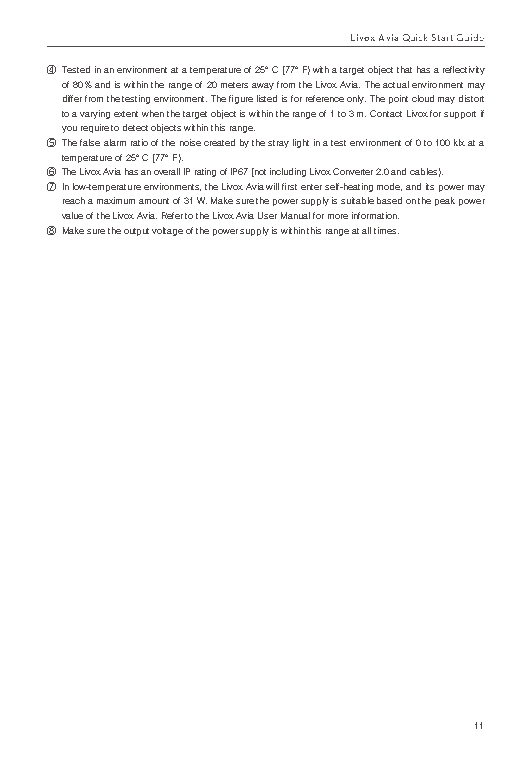
Livox Avia Quick Start Guide
 ④ Tested in an environment at a temperature of 25° C (77° F) with a target object that has a reflectivity
 of 80% and is within the range of 20 meters away from the Livox Avia. The actual environment may
 differ from the testing environment. The figure listed is for reference only. The point cloud may distort
 to a varying extent when the target object is within the range of 1 to 3 m. Contact Livox for support if
 you require to detect objects within this range.
 ⑤ The false alarm ratio of the noise created by the stray light in a test environment of 0 to 100 klx at a
 temperature of 25° C (77° F).
 ⑥ The Livox Avia has an overall IP rating of IP67 (not including Livox Converter 2.0 and cables).
 ⑦ In low-temperature environments, the Livox Avia will first enter self-heating mode, and its power may
 reach a maximum amount of 31 W. Make sure the power supply is suitable based on the peak power
 value of the Livox Avia. Refer to the Livox Avia User Manual for more information.
 ⑧ Make sure the output voltage of the power supply is within this range at all times.
 11